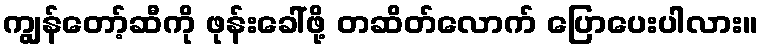
ကျွန်တော့်ဆီကို ဖုန်းခေါ်ဖို့ တဆိတ်လောက် ပြောပေးပါလား။